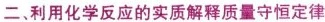
二、利用化学反应的实质解释质量守恒定律